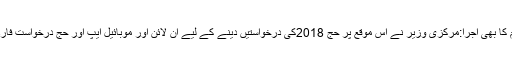
حج درخواست فارم کا بھی اجرا:مرکزی وزیر نے اس موقع پر حج 2018کی درخواستیں دینے کے لیے آن لائن اور موبائیل ایپ اور حج درخواست فارم کا بھی اجرا کیا ۔